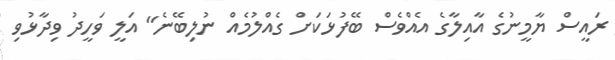
ރައީސް ޔާމީނުގެ އާއިލާގެ އެއްވެސް ބޭފުޅަކަށް ގެއްލުމެއް ނުލިބޭނެ" އަލީ ވަހީދު ވިދާޅުވި